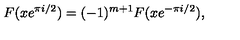
F ( x e ^ { \pi i / 2 } ) = ( - 1 ) ^ { m + 1 } F ( x e ^ { - \pi i / 2 } ) ,